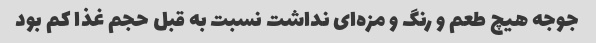
جوجه هیچ طعم و رنگ و مزه‌ای نداشت نسبت به قبل حجم غذا کم بود